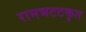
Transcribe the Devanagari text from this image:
रामभटटकृत